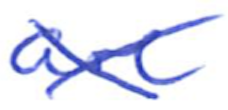
Text: are
Cross-out: cross
Writing tool: ballpoint